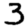
Digit: 3